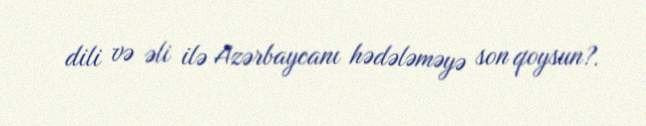
dili və əli ilə Azərbaycanı hədələməyə son qoysun?.